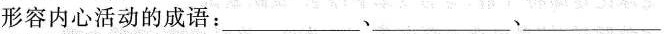
形容内心活动的成语：___﹑___、___